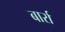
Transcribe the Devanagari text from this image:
बार्रा